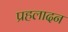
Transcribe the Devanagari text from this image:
प्रहलादन